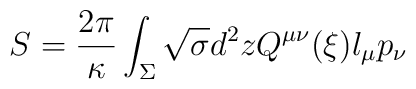
S={2\pi \over \kappa} \int_{\Sigma} \sqrt{\sigma}d^2zQ^{\mu\nu}(\xi) l_\mu p_\nu